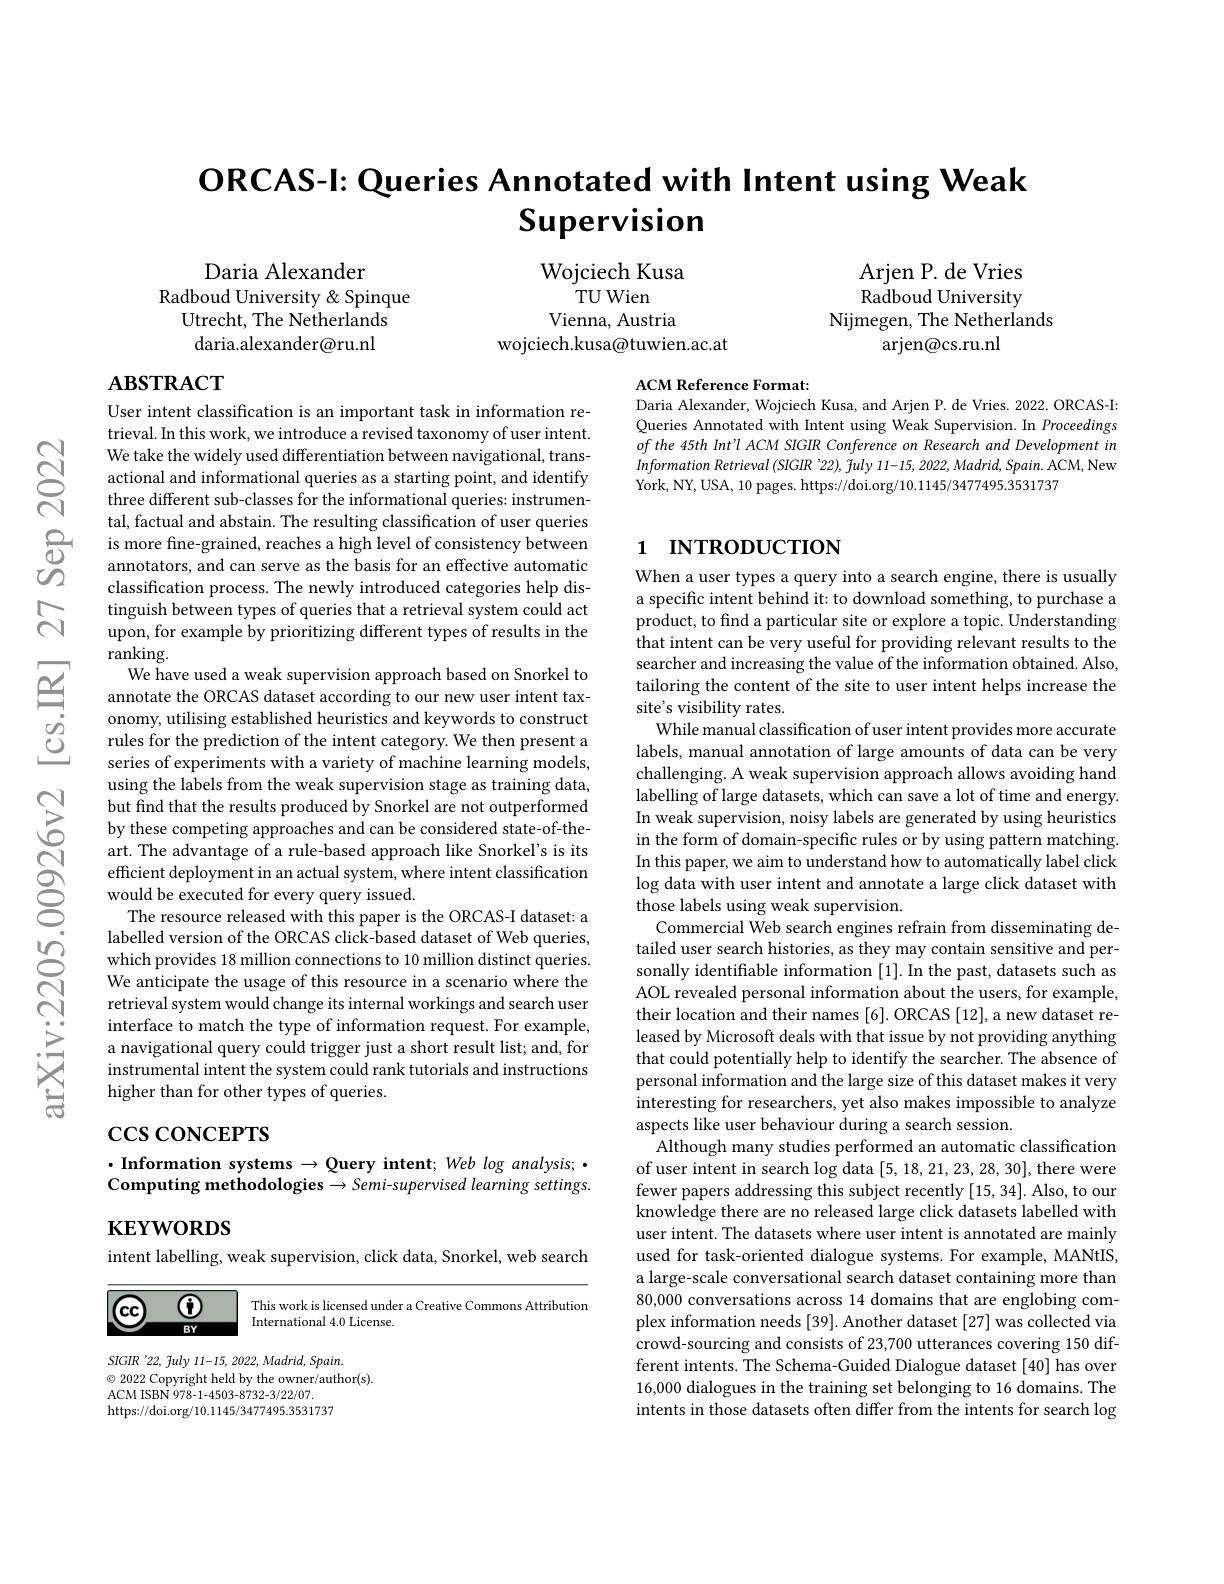
# $\textbf{ORCAS- l: Queries Annotated with Intent using Weak}$ $\textbf{Supervision}$

Wojciech Kusa
TU Wien
Vienna, Austria
wojciech.kusa@tuwien.ac.at

Daria Alexander
Radboud University & Spinque
Utrecht, The Netherlands daria.alexander@ru.nl

Arjen P. de Vries Radboud University
Nijmegen, The Netherlands
arjen@cs.ru.nl

## $\mathbf{ABSTRACT}$

ACM Reference Format:
Daria Alexander, Wojciech Kusa, and Arjen P. de Vries. 2022. ORCAS-I:

Queries Annotated with Intent using Weak Supervision. In Proceedings of the 45th Int'l ACM SIGIR Conference on Research and Development in Information Retrieval (SIGIR '22), fuly 11-15, 2022, Madrid, Spain. ACM, New York, NY, USA, 10 pages. https://doi.org/10.1145/3477495.3531737

## 1 INTRODUCTION

User intent classification is an important task in information retrieval. In this work, we introduce a revised taxonomy of user intent. We take the widely used differentiation between navigational, transactional and informational queries as a starting point, and identify three different sub-classes for the informational queries: instrumental, factual and abstain. The resulting classification of user queries
classification process. The newly introduced categories help distinguish between types of queries that a retrieval system could act upon, for example by prioritizing different types of results in the $\dot{\text{ranking}}.$
We have used a weak supervision approach based on Snorkel to annotate the ORCAS dataset according to our new user intent taxonomy, utilising established heuristics and keywords to construct rules for the prediction of the intent category. We then present a series of experiments with a variety of machine learning models, using the labels from the weak supervision stage as training data, but find that the results produced by Snorkel are not outperformed by these competing approaches and can be considered state-of-theart. The advantage of a rule-based approach like Snorkel's is its efficient deployment in an actual system, where intent classification would be executed for every query issued.
The resource released with this paper is the ORCAS-I dataset: a labelled version of the ORCAS click-based dataset of Web queries, which provides 18 million connections to 10 million distinct queries. We anticipate the usage of this resource in a scenario where the retrieval system would change its internal workings and search user interface to match the type of information request. For example, a navigational query could trigger just a short result list; and, for instrumental intent the system could rank tutorials and instructions higher than for other types of queries.

When a user types a query into a search engine, there is usually a specific intent behind it: to download something, to purchase a product, to find a particular site or explore a topic. Understanding that intent can be very useful for providing relevant results to the searcher and increasing the value of the information obtained. Also, tailoring the content of the site to user intent helps increase the site's visibility rates.
While manual classification of user intent provides more accurate labels, manual annotation of large amounts of data can be very challenging. A weak supervision approach allows avoiding hand $l$abelling of large datasets, which can save a lot of time and energy. In weak supervision, noisy labels are generated by using heuristics in the form of domain-specific rules or by using pattern matching. In this paper, we aim to understand how to automatically label click log data with user intent and annotate a large click dataset with those labels using weak supervision.
Commercial Web search engines refrain from disseminating detailed user search histories, as they may contain sensitive and personally identifiable information [1]. In the past, datasets such as AOL revealed personal information about the users, for example, their location and their names [6]. ORCAS [12], a new dataset released by Microsoft deals with that issue by not providing anything that could potentially help to identify the searcher. The absence of personal information and the large size of this dataset makes it very interesting for researchers, yet also makes impossible to analyze aspects like user behaviour during a search session.
Although many studies performed an automatic classification of user intent in search log data [5, 18, 21, 23, 28, 30], there were fewer papers addressing this subject recently [15,34]. Also, to our knowledge there are no released large click datasets labelled with user intent. The datasets where user intent is annotated are mainly used for task-oriented dialogue systems. For example, MANtIS, a large-scale conversational search dataset containing more than 80,000 conversations across 14 domains that are englobing complex information needs [39]. Another dataset [27] was collected via crowd-sourcing and consists of 23,700 utterances covering 150 different intents. The Schema-Guided Dialogue dataset [40] has over 16,000 dialogues in the training set belonging to 16 domains. The intents in those datasets often differ from the intents for search log

# $\csc\csc$coNCEPTS

## $\cdot$Information systems$\to$Query intent; Web log analysis; · Computing methodologies $\to Semi-supervised$ learning settings.

KEYWORDS

intent labelling, weak supervision, click data, Snorkel, web search

$\textcircled{6}$

$(\mathbf{cc})$

This work is licensed under a Creative Commons Attributiom
International 4.0 License.

$BY$

SIGIR '22, fuly 11-15, 2022, Madrid, Spain.
$\odot$ 2022 Copyright held by the owner/author(s).
ACM ISBN 978-1-4503-8732-3/22/07.
https://doi.org/10.1145/3477495.3531737